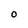
Character: O